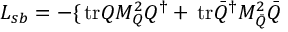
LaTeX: { \cal L } _ { s b } = - \{ \mathrm { \, t r } Q M _ { Q } ^ { 2 } Q ^ { \dagger } + \mathrm { \, t r } \bar { Q } ^ { \dagger } M _ { \bar { Q } } ^ { 2 } \bar { Q }